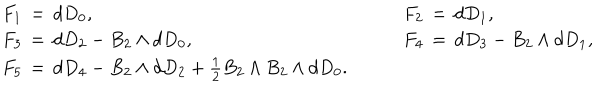
\begin{array} { l c l } { { F _ { 1 } \, = \, d D _ { 0 } , } } & { { \quad } } & { { F _ { 2 } \, = \, d D _ { 1 } , } } \\ { { F _ { 3 } \, = \, d D _ { 2 } - B _ { 2 } \wedge d D _ { 0 } , } } & { { } } & { { F _ { 4 } \, = \, d D _ { 3 } - B _ { 2 } \wedge d D _ { 1 } , } } \\ { { F _ { 5 } \, = \, d D _ { 4 } - B _ { 2 } \wedge d D _ { 2 } + { \frac { 1 } { 2 } } B _ { 2 } \wedge B _ { 2 } \wedge d D _ { 0 } . } } & { { } } & { { ~ } } \\ \end{array}